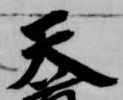
天